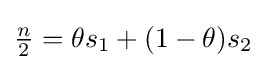
{\tfrac {n}{2}}=\theta s_{1}+(1-\theta )s_{2}